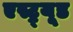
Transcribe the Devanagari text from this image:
एस्ट्र्यूड